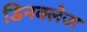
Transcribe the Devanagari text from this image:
डिनक्लेज